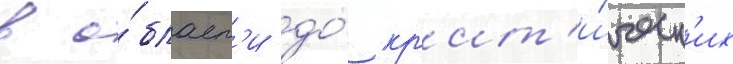
в о́бласт'и до́ кр'ит'и́ческ'их